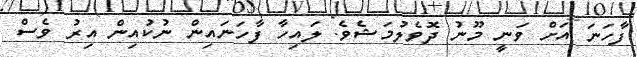
ފާހަނަ އަށް ވަނީ މޫނު ދޮވެލުމަޝެވެ. ލައިހާ ފާހަނައިން ނުކުއިން އިރު ވެސް